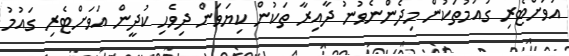
އަވަށްޓެރި ގައުމުތަކުން މިދެންނެވުނު ދާއިރާ ތަކުން ކިޔަވަން ދިވެހި ކުދީން އަވަށްޓެރި ގައުމު